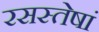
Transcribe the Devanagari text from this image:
रसस्तेषां